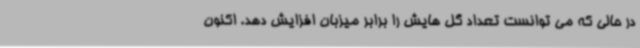
در حالی که می توانست تعداد گل هایش را برابر میزبان افزایش دهد. اکنون